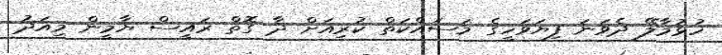
ހުޅުމާލޭ ދެވަނަ ފިޔަވަހީގެ މަސައްކަތް ކުރިއަށް ދާ ގޮތް ރައީސް ޔާމީން މިއަދު